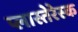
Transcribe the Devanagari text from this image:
प्लास्तेरेस्क